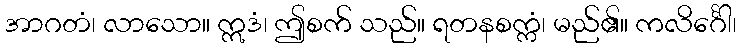
အာဂတံ၊ လာသော။ ဣဒံ၊ ဤစက် သည်။ ရတနစက္ကံ၊ မည်၏။ ကလိင်္ဂေါ၊